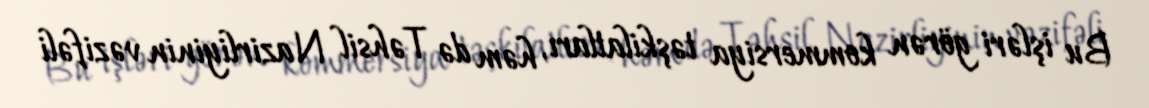
Bu işləri görən kommersiya təşkilatları, həm də Təhsil Nazirliyinin vəzifəli